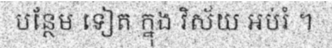
បន្ថែម ទៀត ក្នុង វិស័យ អប់រំ ។